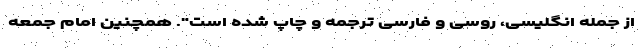
از جمله انگلیسی، روسی و فارسی ترجمه و چاپ شده است". همچنین امام جمعه